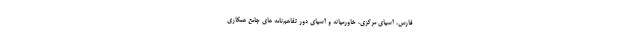
فارس، آسیای مرکزی، خاورمیانه و آسیای دور تفاهم‌نامه های جامع همکاری